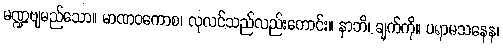
မဏ္ဍဗျမည်သော။ မာဏဝကောစ၊ လုလင်သည်လည်းကောင်း။ နာဘိ၊ ချက်ကို။ ပရာမသနေန၊